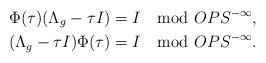
LaTeX: \begin{align*} & \Phi(\tau)(\Lambda_g - \tau I) = I \mod OPS^{-\infty}, \\ & (\Lambda_g - \tau I)\Phi(\tau) = I \mod OPS^{-\infty}.\end{align*}